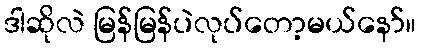
ဒါဆိုလဲ မြန်မြန်ပဲလုပ်တော့မယ်နော်။